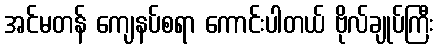
အင်မတန် ကျေနပ်စရာ ကောင်းပါတယ် ဗိုလ်ချုပ်ကြီး